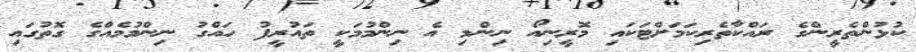
ކުޅުންތެރީންގެ ރައްކާތެރިކަމަށްޓަކައި މޮރީނިއޯ ނިންމި އެ ނިންމުމަކީ ތައުރީފު ހައްގު ނިންމުމެއްގެ ގޮތުގައި